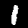
Digit: 1